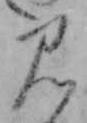
み